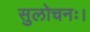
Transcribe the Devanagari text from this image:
सुलोचनः।